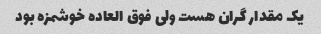
یک مقدار گران هست ولی فوق العاده خوشمزه بود